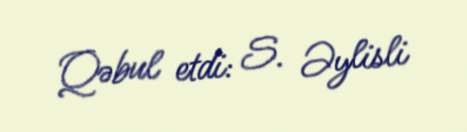
Qəbul etdi: S. Əylisli